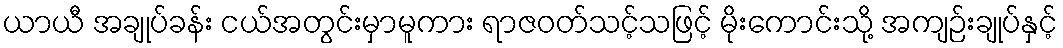
ယာယီ အချုပ်ခန်း ငယ်အတွင်းမှာမူကား ရာဇဝတ်သင့်သဖြင့် မိုးကောင်းသို့ အကျဉ်းချုပ်နှင့်